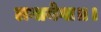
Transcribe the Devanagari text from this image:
लगायेगा॥।